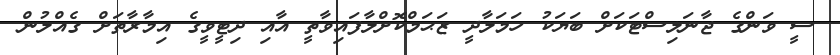
ސީ ވަންގެ ޖާނަލިސްޓަކަށް ބަޔަކު ހަމަލާދީ ޒަޙަމްކޮށްލާފައިވާތީ އާއި ދިޓީވީގެ އިމާރާތަށް ގެއްލުން